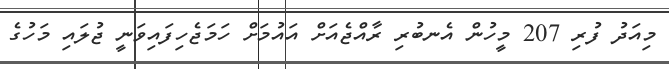
މިއަދު ފުރި 207 މީހުން އެނބުރި ރާއްޖެއަށް އައުމަށް ހަމަޖެހިފައިވަނީ ޖުލައި މަހުގެ